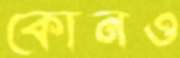
কোনও